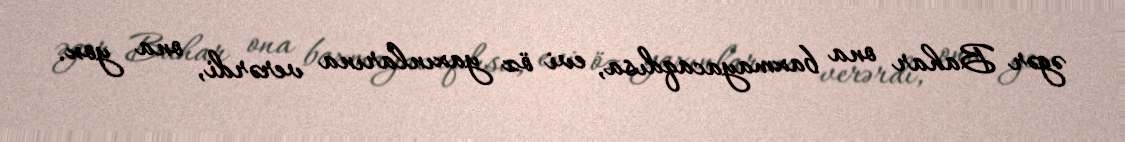
əgər Bahar ona baxmayacaqdısa, evi öz yaxınlarına verərdi, ona yox.